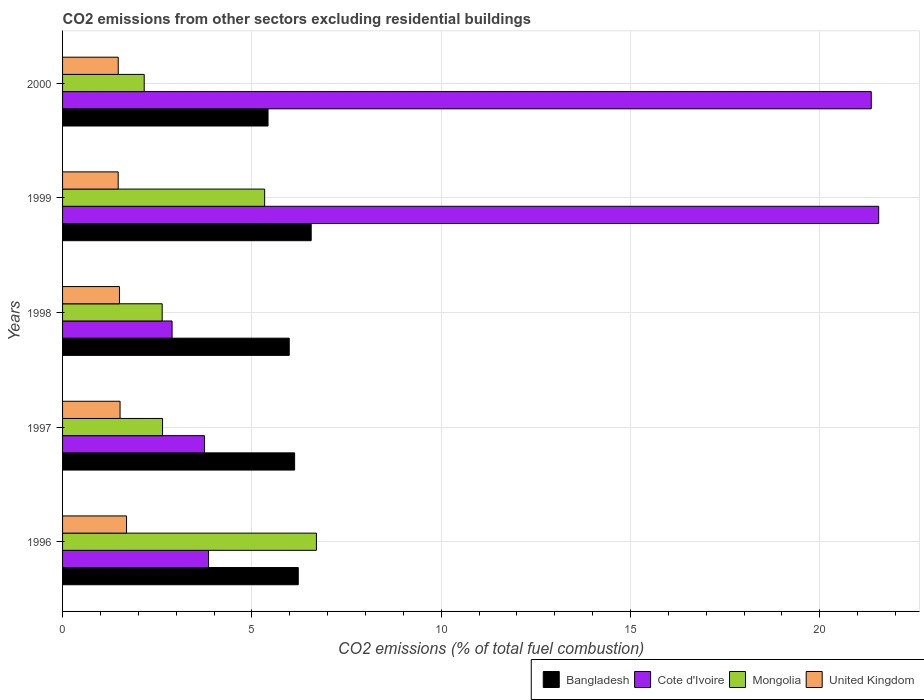
| Years | Bangladesh | Cote d'Ivoire | Mongolia | United Kingdom |
 | --- | --- | --- | --- | --- |
 | 1996 | 6.23 | 3.86 | 6.71 | 1.69 |
 | 1997 | 6.13 | 3.75 | 2.64 | 1.52 |
 | 1998 | 5.99 | 2.89 | 2.63 | 1.5 |
 | 1999 | 6.57 | 21.6 | 5.34 | 1.47 |
 | 2000 | 5.43 | 21.4 | 2.16 | 1.47 |